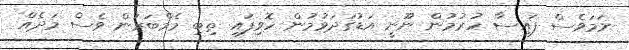
ނަމަވެސް ފައިސާ ހުރުމުން ނޫނީ އަޑުގަދަވުމުން ހޮވިފައި ތިބި މެމްބަރުން ވެސް މަދެއް